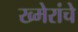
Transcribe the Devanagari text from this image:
ख्मेरांचे